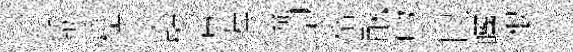
嚼槛父壁靑涯流卻格酖吻良曬根